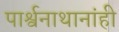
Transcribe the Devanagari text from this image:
पार्श्वनाथानांही